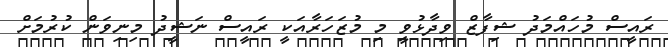
ރައީސް މުހައްމަދު ޝިފާޒް ވިދާޅުވީ މި މުޒަހަރާއަކީ ރައީސް ނަޝީދު މިނިވަން ކުރުމަށް